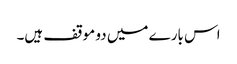
اس بارے میں دو موقف ہیں۔